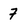
Character: 7